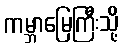
ကမ္ဘာမြေကြီးသို့